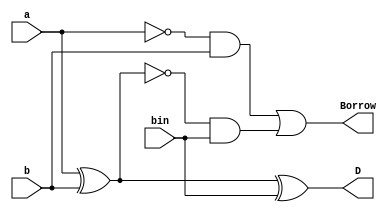
module Full_Substractor(D,Borrow,a,b,bin);

	input a,b,bin;
	output D,Borrow;
	
	wire d,e,f;
	xor(d,a,b);
	and(e,~a,b);
	
	xor(D,d,bin);
	and(f,~d,bin);
	or(Borrow,e,f);

endmodule